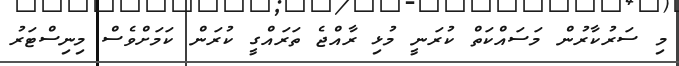
މި ސަރުކާރުން މަސައްކަތް ކުރަނީ މުޅި ރާއްޖެ ތަރައްގީ ކުރަން ކަމަށްވެސް މިނިސްޓަރު